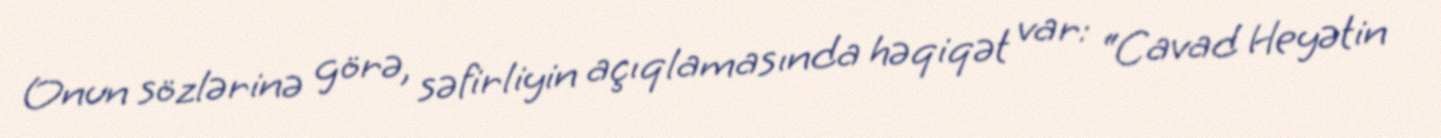
Onun sözlərinə görə, səfirliyin açıqlamasında həqiqət var: “Cavad Heyətin